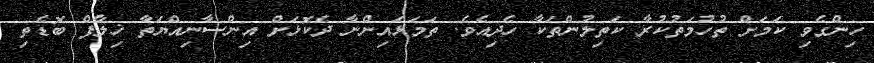
ހިންގެވި ކަމަށް ތުހުމަތުކުރާ ކަތިލުންތަކާ ހެދިއެވެ. ތަމަޅައިންނާ ދެކޮޅަށް އިންސާނިއްޔަތާ ޚިލާފް ބޮޑެތި